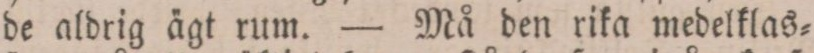
de aldrig ägt rum. — Må den rika medelklas=